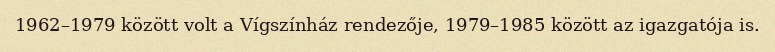
1962–1979 között volt a Vígszínház rendezője, 1979–1985 között az igazgatója is.